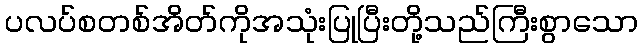
ပလပ်စတစ်အိတ်ကိုအသုံးပြုပြီးတို့သည်ကြီးစွာသော